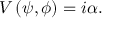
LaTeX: V \left( \psi , \phi \right) = i \alpha .